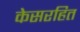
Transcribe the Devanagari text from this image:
केसरहित